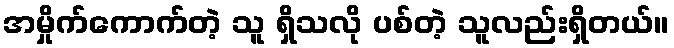
အမှိုက်ကောက်တဲ့ သူ ရှိသလို ပစ်တဲ့ သူလည်းရှိတယ်။